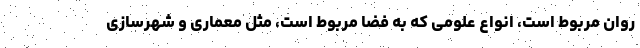
روان مربوط است، انواع علومی که به فضا مربوط است، مثل معماری و شهرسازی